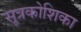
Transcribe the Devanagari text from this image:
सूत्रकोशिका